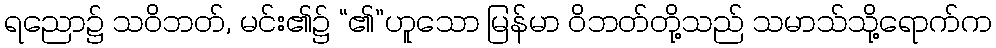
ရညော၌ သဝိဘတ်, မင်း၏၌ “၏”ဟူသော မြန်မာ ဝိဘတ်တို့သည် သမာသ်သို့ရောက်က